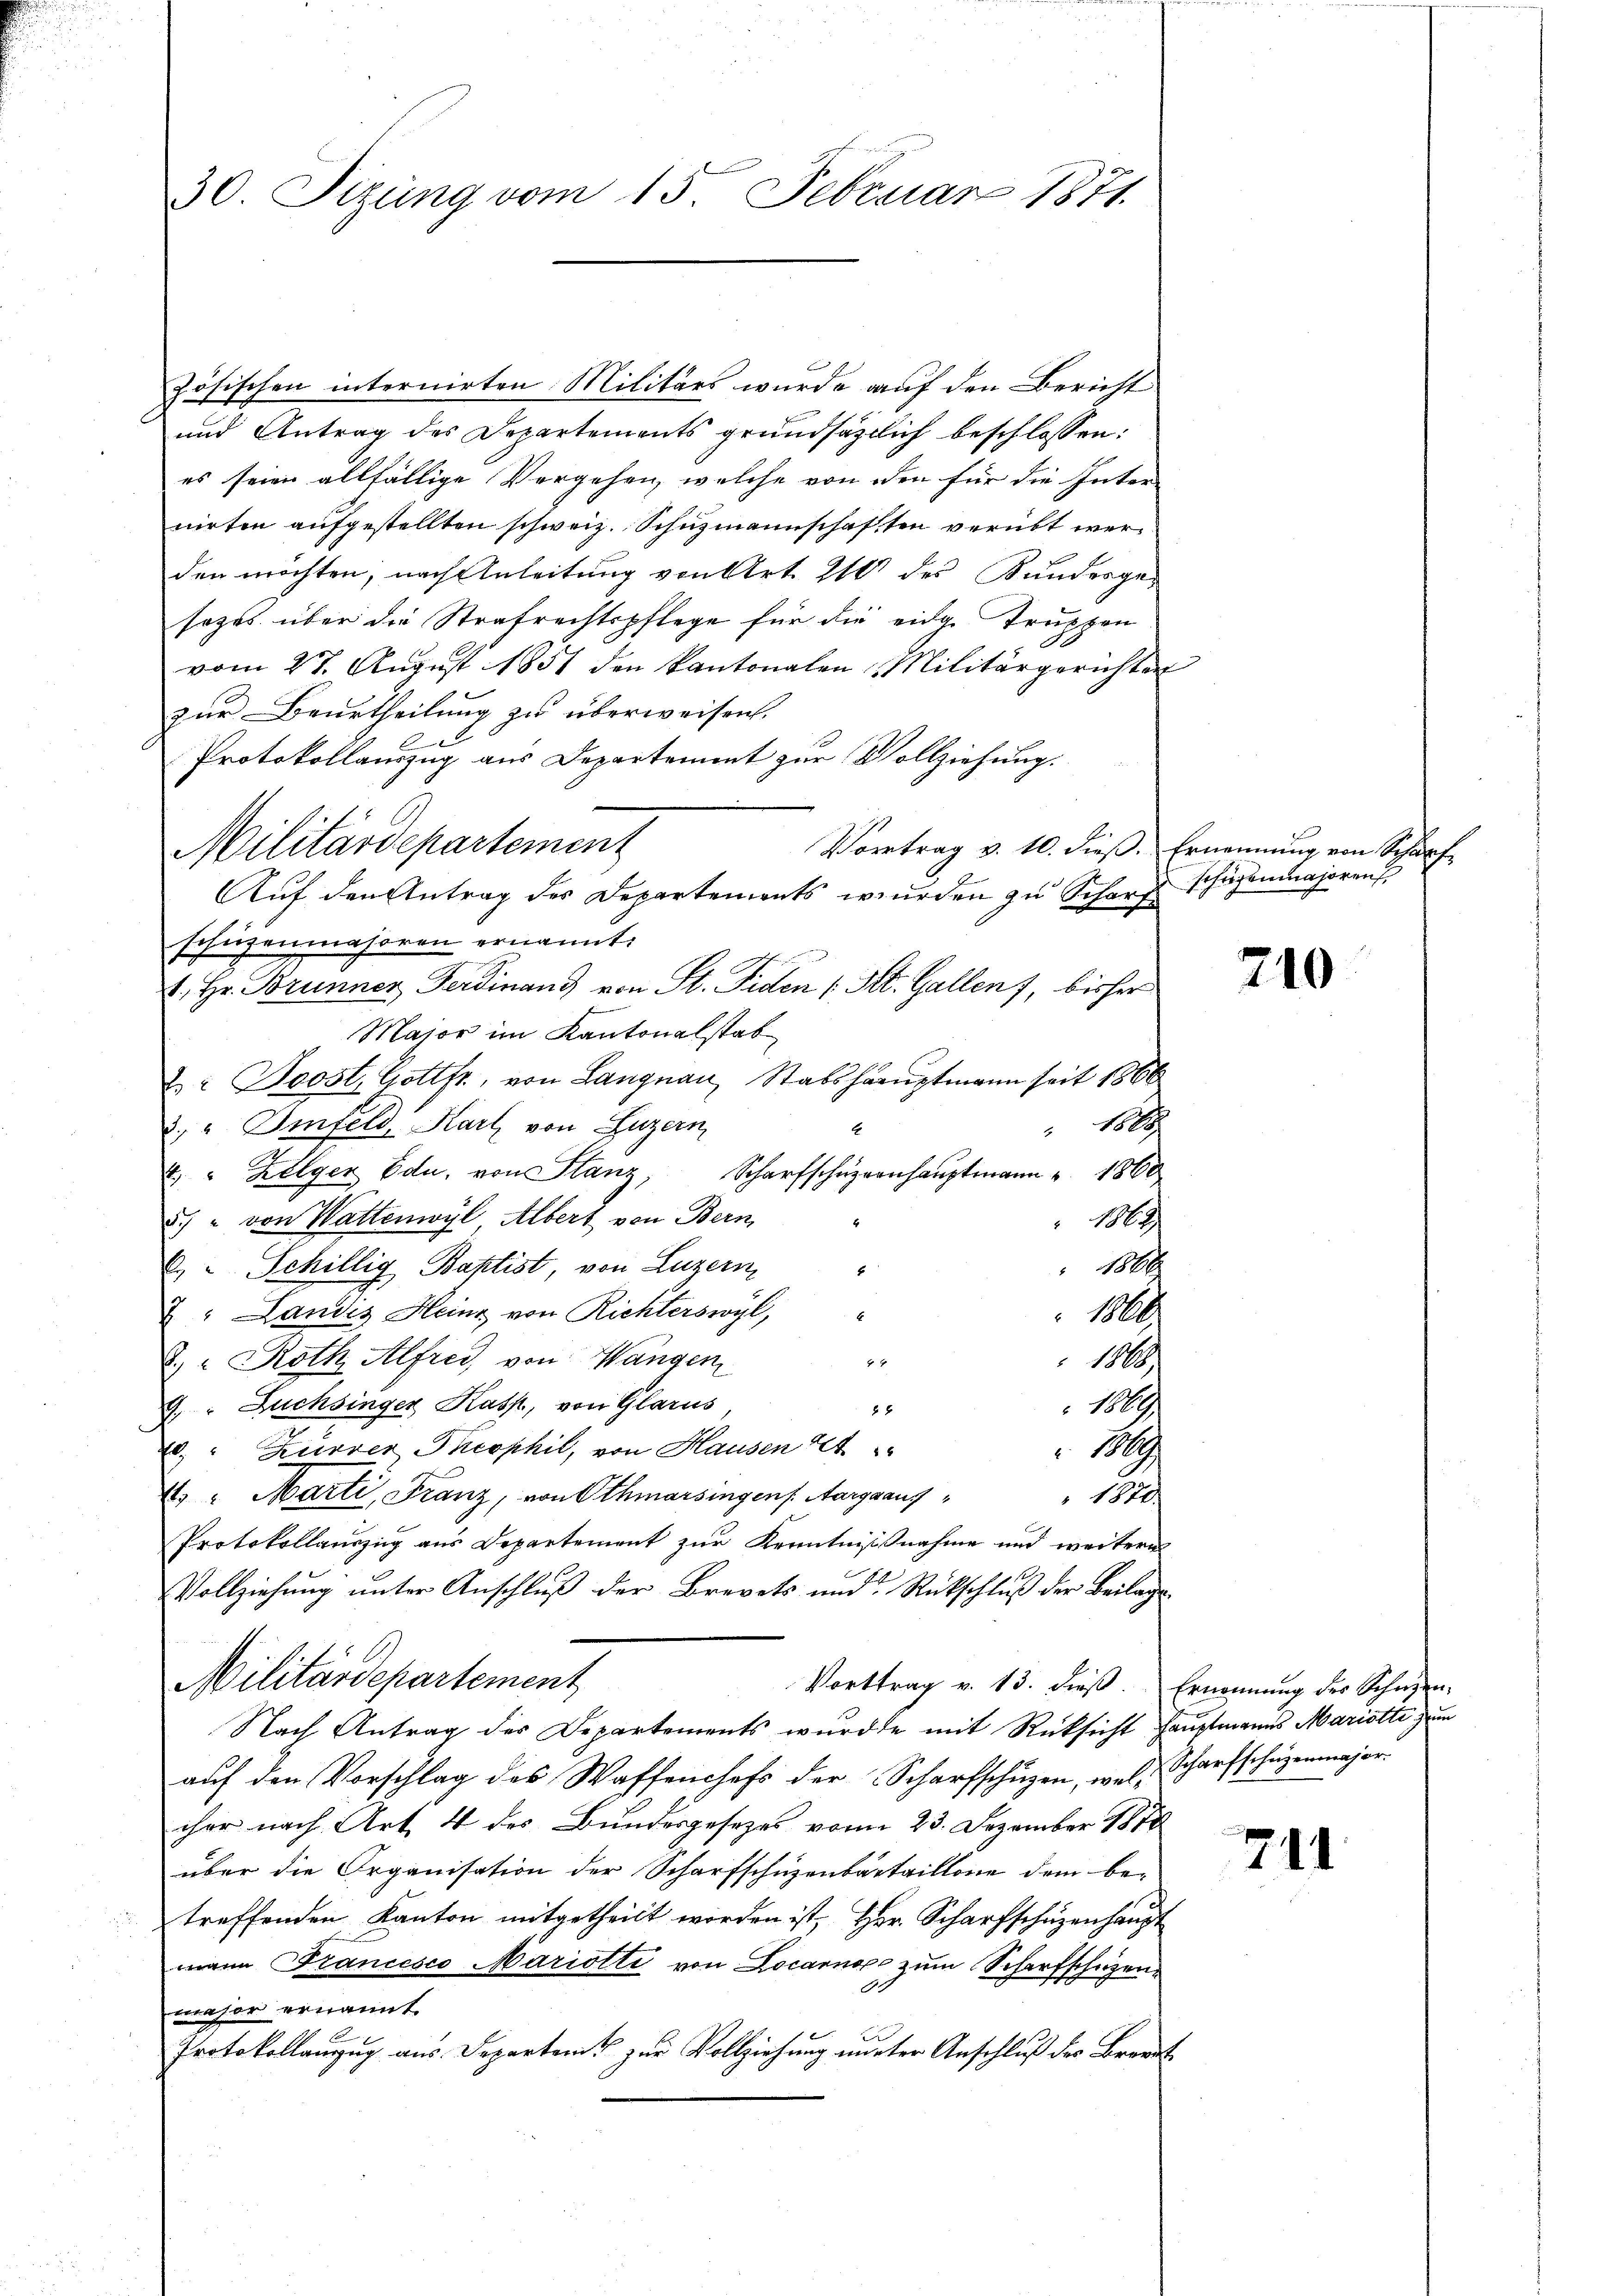
30. Sizung vom 15. Februar 1871.

zösischen internirten Militärs wurde auf den Bericht
und Antrag des Departements grundsätzlich beschlossen:
es seien allfällige Vergehen, welche von den für die Inter-
nirten aufgestellten schweiz. Schuzmannschaften verübt werden möchten, nach Anleitung von Art. 210 des Bundesgesozas über die Strafrechtspflege für die eidg. Truppen
vom 27. August 1851 den kantonalen Militärgerichten
zur Beurtheilung zu überweisen.
2
Protokollauszug aus Departement zur Vollziehung.
Vortrag v. 10. dieß. Ernennung von Scharf
schüzenmahoren ernannt.
1. Hr. Brunner Ferdinanz von St. Fiden (St. Gallen, bisher
Major im Kantonalstab
2 Joost, Gottfr., von Langnau, Stabshauptmann seit 1866
 1808.
3. " Imfeld, Karl von Luzern
E
2 " Zelger Edu, von Stanz, Scharfschŭlhaŭptmann u. 1860
.) " von Wattenwyl Albert von Bern,
 1862
1866
2.  Schillig Baptist, von Luzern, "
2: Landis Heine von Richterswyl,
1860.
x
d. " Roth Alfred von Wangen

1868
9. " Zuchsinger Kasp., von Glarus
88
188
. " Zurrer Theophil, von Hausen A
M
4. " Marti, Franz, von Othmarsingens Aargaaus
1820.
Protokollauszug aus Departement zur Kenntnißnahme und weiteres
Vollziehŭng ŭnter Anschlŭβ der Brevets und Rückschlŭβ der Beilage
Militärdepartement
Vorttrag v. 13. dieß. Ernennung des Schwen-
Nach Antrag der Departements wurde mit Rücksicht Hauptmanns Mariette zum
auf den Vorschlag des Waffenchefs der Scharfschügen, wel Scharfschüzenmajor
cher nach Art. 4 des Bundesgesezes vom 23. Dezember 1878
über die Organisation der Scharfschüzenbartaillone dem be-
treffenden Kanton mitgetheilt worden ist, Herr Scharfschüzenhaupt
mann Francesco Mariotti von Locarnope zum Scharfschützen
.
maher ernannt.
Protokollanzug aus Departen zur Vollziehung nurter Anschluß der Brannt

Militärdepartement
Auf den Antrag des Departements wurden zu Scharz schähenmajoren

210

714